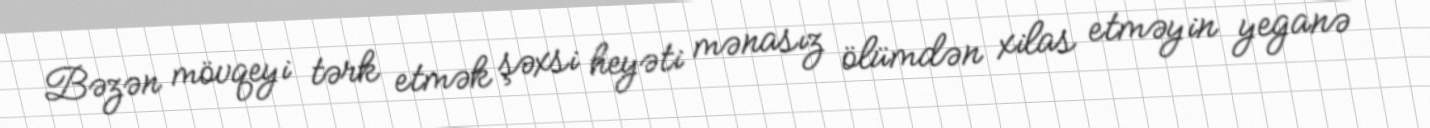
Bəzən mövqeyi tərk etmək şəxsi heyəti mənasız ölümdən xilas etməyin yeganə